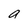
Character: a